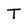
Character: T